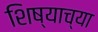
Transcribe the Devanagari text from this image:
शिष्याच्या